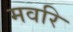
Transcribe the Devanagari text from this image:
मवरि